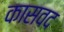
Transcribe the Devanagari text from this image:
कासवद